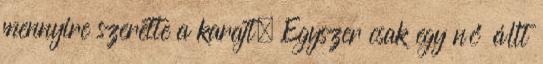
mennyire szerette a karajt. Egyszer csak egy nő állt